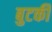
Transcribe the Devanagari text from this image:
बुटकी